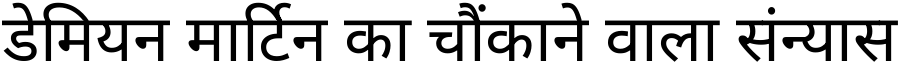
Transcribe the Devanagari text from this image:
डेमियन मार्टिन का चौंकाने वाला संन्यास